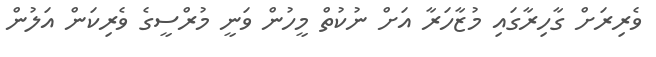
ވެރިރަށް ގާހިރާގައި މުޒާހަރާ އަށް ނުކުތް މީހުން ވަނީ މުރްސީގެ ވެރިކަން އަލުން